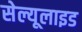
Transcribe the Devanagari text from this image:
सेल्यूलाइड